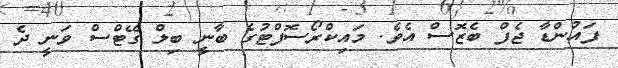
ފައުންޑާ ޖެފް ބެޒޮސް އެވެ. މައިކްރޯސޮފްޓުގެ ބާނީ ބިލް ގޭޓްސް ވަނީ ދެ